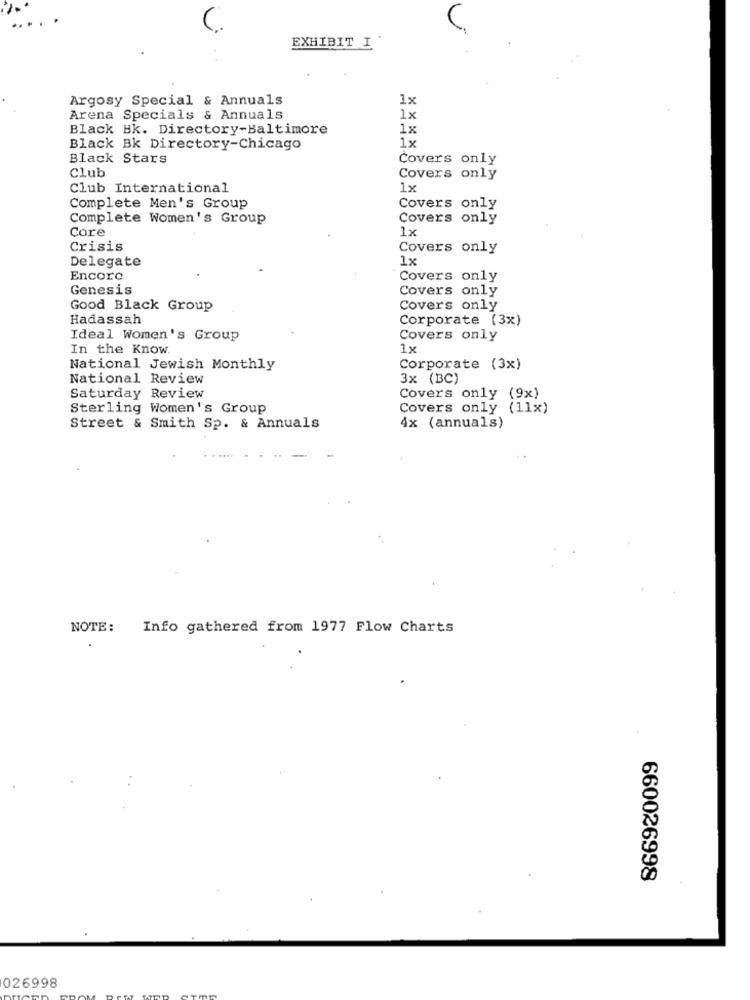
EXHIBIT I .
Argosy Special & Annuals
1x
Arena Specials & Annuals
1x
Black Bk. Directory-Baltimore
1x
Black Bk Directory-Chicago
1x
Black Stars
Covers only
Club
Covers only
Club International
1x
Complete Men's Group
Covers only
Complete Women's Group
Covers only
Core
1x
Crisis
Covers only
Delegate
1x
Encore
Covers only
Genesis
Covers only
Good Black Group
Covers only
Hadassah
Corporate (3x)
Ideal Women's Group
Covers only
In the Know.
1x
National Jewish Monthly
Corporate (3x)
National Review
3x (BC)
Saturday Review
Covers only (9x)
Sterling Women's Group
Covers only (11x)
Street & Smith Sp. & Annuals
4x (annuals)
NOTE:
Info gathered from 1977 Flow Charts
660026998
026998